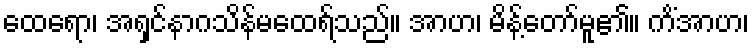
ထေရော၊ အရှင်နာဂသိန်မထေရ်သည်။ အာဟ၊ မိန့်တော်မူ၏။ ကိံအာဟ၊